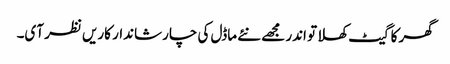
گھر کا گیٹ کھلا تو اندر مجھے نئے ماڈل کی چار شاندار کاریں نظر آی۔